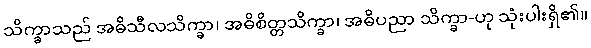
သိက္ခာသည် အဓိသီလသိက္ခာ၊ အဓိစိတ္တသိက္ခာ၊ အဓိပညာ သိက္ခာ-ဟု သုံးပါးရှိ၏။